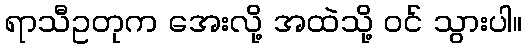
ရာသီဥတုက အေးလို့ အထဲသို့ ဝင် သွားပါ။